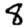
Digit: 8